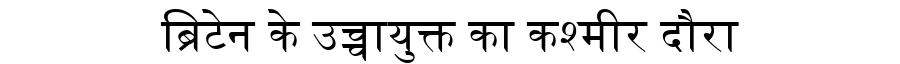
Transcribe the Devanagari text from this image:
ब्रिटेन के उच्चायुक्त का कश्मीर दौरा